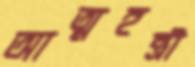
আত্মহন্ত্রী